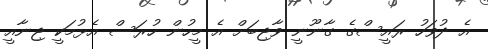
އެ ދުވަހު ރައީސްގެ ގާނޫނީ ވާޖިބަށް އެ މީހުން ހުރަސް އެޅުމަކީ ޖިނާއީ